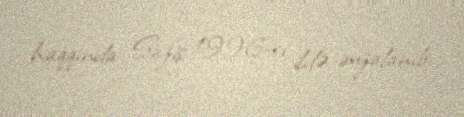
haqqında Saziş 1996-cı ildə imzalanıb.